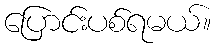
ပြောင်းပစ်ရမယ်။